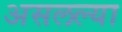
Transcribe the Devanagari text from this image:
असलल्या